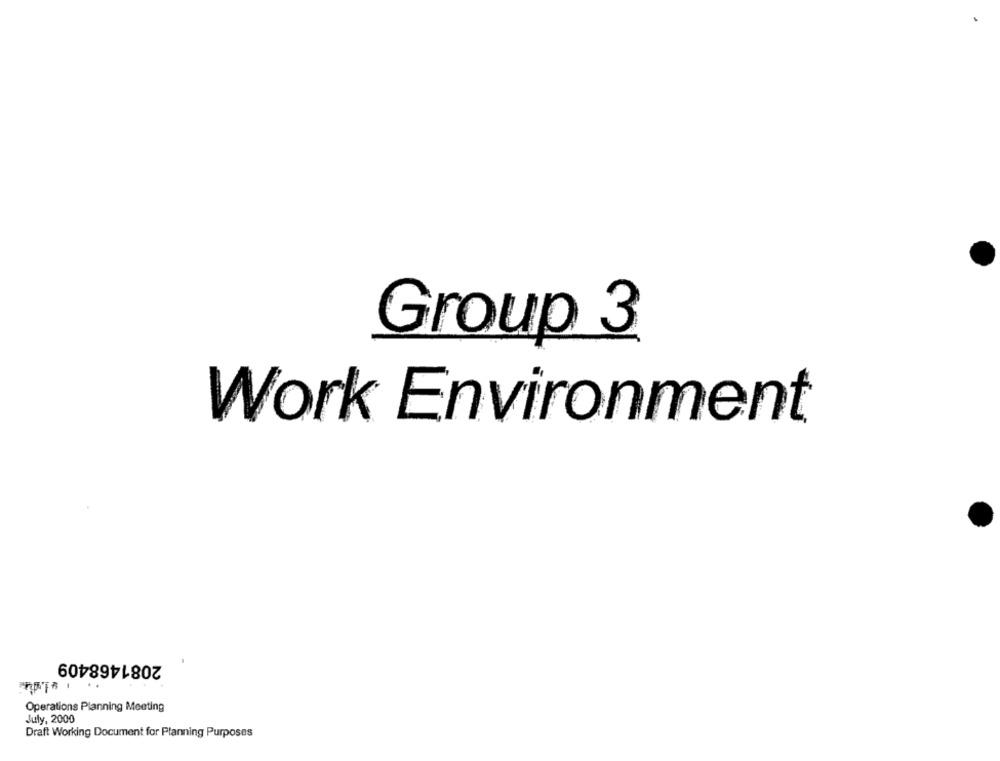
Group 3
Work Environment
2081468409
Operations Planning Meeting
July, 2000
Draft Working Document for Planning Purposes